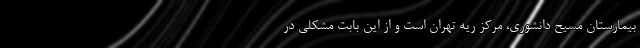
بیمارستان مسیح دانشوری، مرکز ریه تهران است و از این بابت مشکلی در